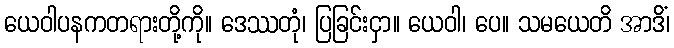
ယေဝါပနကတရားတို့ကို။ ဒေဿတုံ၊ ပြခြင်းငှာ။ ယေဝါ၊ ပေ။ သမယေတိ အာဒိံ၊